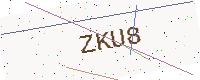
Text: ZKU8